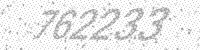
Solution: 762233